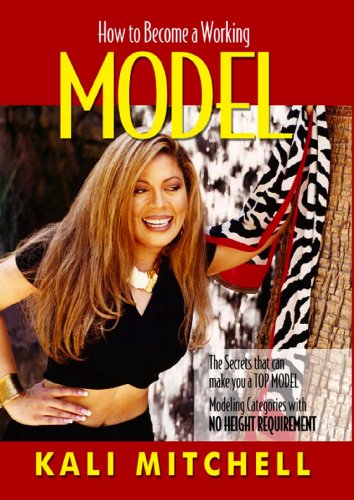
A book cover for How to become a working Model (This book covers many modeling categories with NO HEIGHT REQUIREMENT. If you are under 5'7 and want to model this book will teach you how, as it covers more than just runway!); Kali Mitchell; Arts & Photography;